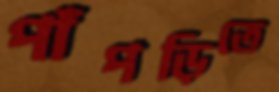
পাঁপড়িতে